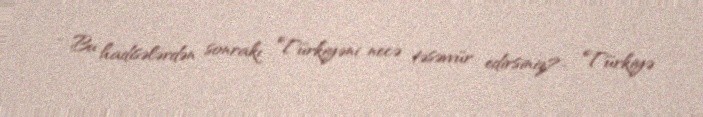
- Bu hadisələrdən sonrakı Türkiyəni necə təsəvvür edirsiniz?- Türkiyə